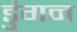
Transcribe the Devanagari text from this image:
डुंगन